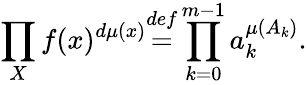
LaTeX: \prod_{X}f(x)^{d\mu(x)}{\overset{def}{=}}\prod_{k=0}^{m-1}a_{k}^{\mu(A_{k})}.